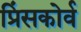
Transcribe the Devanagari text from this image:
प्रिंसकोर्व